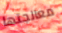
معالجتها